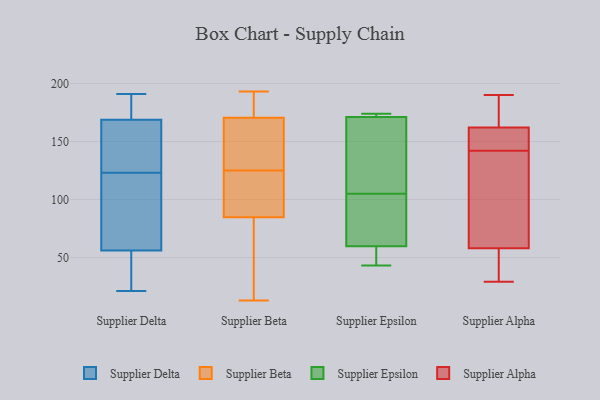
{"axis": {"x": "Website Visitors", "y": "Value"}, "legend": ["Supplier Alpha", "Supplier Beta", "Supplier Delta", "Supplier Epsilon"], "data": [{"x": "", "y": 129, "type": "Supplier Delta"}, {"x": "", "y": 21, "type": "Supplier Delta"}, {"x": "", "y": 119, "type": "Supplier Delta"}, {"x": "", "y": 141, "type": "Supplier Delta"}, {"x": "", "y": 39, "type": "Supplier Delta"}, {"x": "", "y": 74, "type": "Supplier Delta"}, {"x": "", "y": 186, "type": "Supplier Delta"}, {"x": "", "y": 156, "type": "Supplier Delta"}, {"x": "", "y": 123, "type": "Supplier Delta"}, {"x": "", "y": 190, "type": "Supplier Delta"}, {"x": "", "y": 78, "type": "Supplier Delta"}, {"x": "", "y": 27, "type": "Supplier Delta"}, {"x": "", "y": 148, "type": "Supplier Delta"}, {"x": "", "y": 32, "type": "Supplier Delta"}, {"x": "", "y": 173, "type": "Supplier Delta"}, {"x": "", "y": 191, "type": "Supplier Delta"}, {"x": "", "y": 50, "type": "Supplier Delta"}, {"x": "", "y": 180, "type": "Supplier Delta"}, {"x": "", "y": 105, "type": "Supplier Delta"}, {"x": "", "y": 181, "type": "Supplier Beta"}, {"x": "", "y": 175, "type": "Supplier Beta"}, {"x": "", "y": 135, "type": "Supplier Beta"}, {"x": "", "y": 145, "type": "Supplier Beta"}, {"x": "", "y": 22, "type": "Supplier Beta"}, {"x": "", "y": 126, "type": "Supplier Beta"}, {"x": "", "y": 179, "type": "Supplier Beta"}, {"x": "", "y": 98, "type": "Supplier Beta"}, {"x": "", "y": 86, "type": "Supplier Beta"}, {"x": "", "y": 193, "type": "Supplier Beta"}, {"x": "", "y": 13, "type": "Supplier Beta"}, {"x": "", "y": 111, "type": "Supplier Beta"}, {"x": "", "y": 169, "type": "Supplier Beta"}, {"x": "", "y": 89, "type": "Supplier Beta"}, {"x": "", "y": 46, "type": "Supplier Beta"}, {"x": "", "y": 125, "type": "Supplier Beta"}, {"x": "", "y": 81, "type": "Supplier Beta"}, {"x": "", "y": 58, "type": "Supplier Epsilon"}, {"x": "", "y": 172, "type": "Supplier Epsilon"}, {"x": "", "y": 46, "type": "Supplier Epsilon"}, {"x": "", "y": 171, "type": "Supplier Epsilon"}, {"x": "", "y": 127, "type": "Supplier Epsilon"}, {"x": "", "y": 111, "type": "Supplier Epsilon"}, {"x": "", "y": 173, "type": "Supplier Epsilon"}, {"x": "", "y": 49, "type": "Supplier Epsilon"}, {"x": "", "y": 105, "type": "Supplier Epsilon"}, {"x": "", "y": 65, "type": "Supplier Epsilon"}, {"x": "", "y": 43, "type": "Supplier Epsilon"}, {"x": "", "y": 171, "type": "Supplier Epsilon"}, {"x": "", "y": 174, "type": "Supplier Epsilon"}, {"x": "", "y": 66, "type": "Supplier Epsilon"}, {"x": "", "y": 90, "type": "Supplier Epsilon"}, {"x": "", "y": 37, "type": "Supplier Alpha"}, {"x": "", "y": 142, "type": "Supplier Alpha"}, {"x": "", "y": 168, "type": "Supplier Alpha"}, {"x": "", "y": 63, "type": "Supplier Alpha"}, {"x": "", "y": 29, "type": "Supplier Alpha"}, {"x": "", "y": 190, "type": "Supplier Alpha"}, {"x": "", "y": 155, "type": "Supplier Alpha"}, {"x": "", "y": 173, "type": "Supplier Alpha"}, {"x": "", "y": 151, "type": "Supplier Alpha"}, {"x": "", "y": 43, "type": "Supplier Alpha"}, {"x": "", "y": 123, "type": "Supplier Alpha"}, {"x": "", "y": 107, "type": "Supplier Alpha"}, {"x": "", "y": 160, "type": "Supplier Alpha"}]}